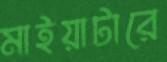
মাইয়াটারে